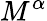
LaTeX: M^{\alpha}